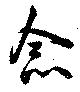
念